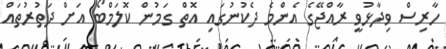
ހާރިސް ވިދާޅުވީ ރާއްޖޭގެ އެންމެ ދެކުނުގައި އޮތް ގަމުން ކޮލަމްބޯ އަށް ދަތުރުތައް